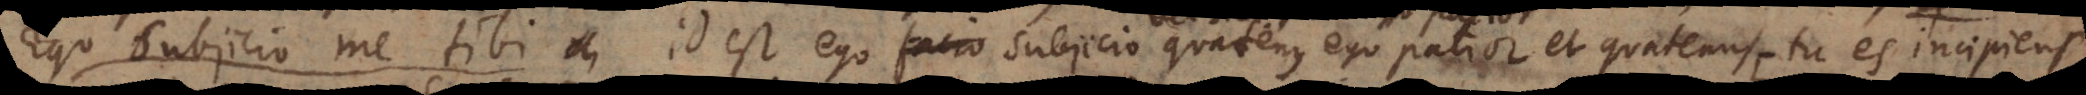
subjicio me tibi, id est ego facio subjicio quatenus ego patior () et quatenus tu es incipien